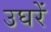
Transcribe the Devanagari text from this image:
उघरें